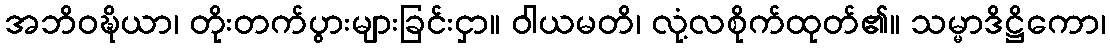
အဘိဝဍ္ဎိယာ၊ တိုးတက်ပွားများခြင်းငှာ။ ဝါယမတိ၊ လုံ့လစိုက်ထုတ်၏။ သမ္မာဒိဋ္ဌိကော၊